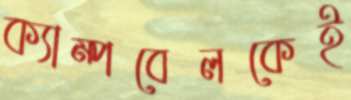
ক্যাম্পবেলকেই